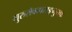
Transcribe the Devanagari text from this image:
गुरुसेवापराङ्मुखाः